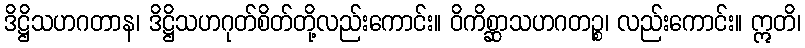
ဒိဋ္ဌိသဟဂတာန၊ ဒိဋ္ဌိသဟဂုတ်စိတ်တို့လည်းကောင်း။ ဝိကိစ္ဆာသဟဂတဉ္စ၊ လည်းကောင်း။ ဣတိ၊